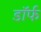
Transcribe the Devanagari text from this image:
डॉर्फ